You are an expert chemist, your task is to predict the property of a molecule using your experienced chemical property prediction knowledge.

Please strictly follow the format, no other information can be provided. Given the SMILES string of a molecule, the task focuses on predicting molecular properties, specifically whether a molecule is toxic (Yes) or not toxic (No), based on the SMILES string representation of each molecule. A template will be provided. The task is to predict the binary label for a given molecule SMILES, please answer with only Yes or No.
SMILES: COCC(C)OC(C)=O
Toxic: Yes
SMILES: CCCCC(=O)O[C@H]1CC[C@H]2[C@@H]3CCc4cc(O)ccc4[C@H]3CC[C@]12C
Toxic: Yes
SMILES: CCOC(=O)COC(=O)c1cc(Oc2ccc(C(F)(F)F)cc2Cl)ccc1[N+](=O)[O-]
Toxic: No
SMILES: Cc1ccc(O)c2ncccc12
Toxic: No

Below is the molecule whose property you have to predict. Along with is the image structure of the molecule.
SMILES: S=C1NC=NC2N=CNC12
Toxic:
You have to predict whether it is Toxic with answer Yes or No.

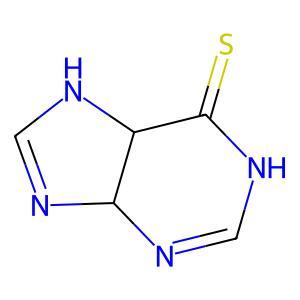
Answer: No